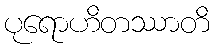
ပုရောဟိတဿာတိ